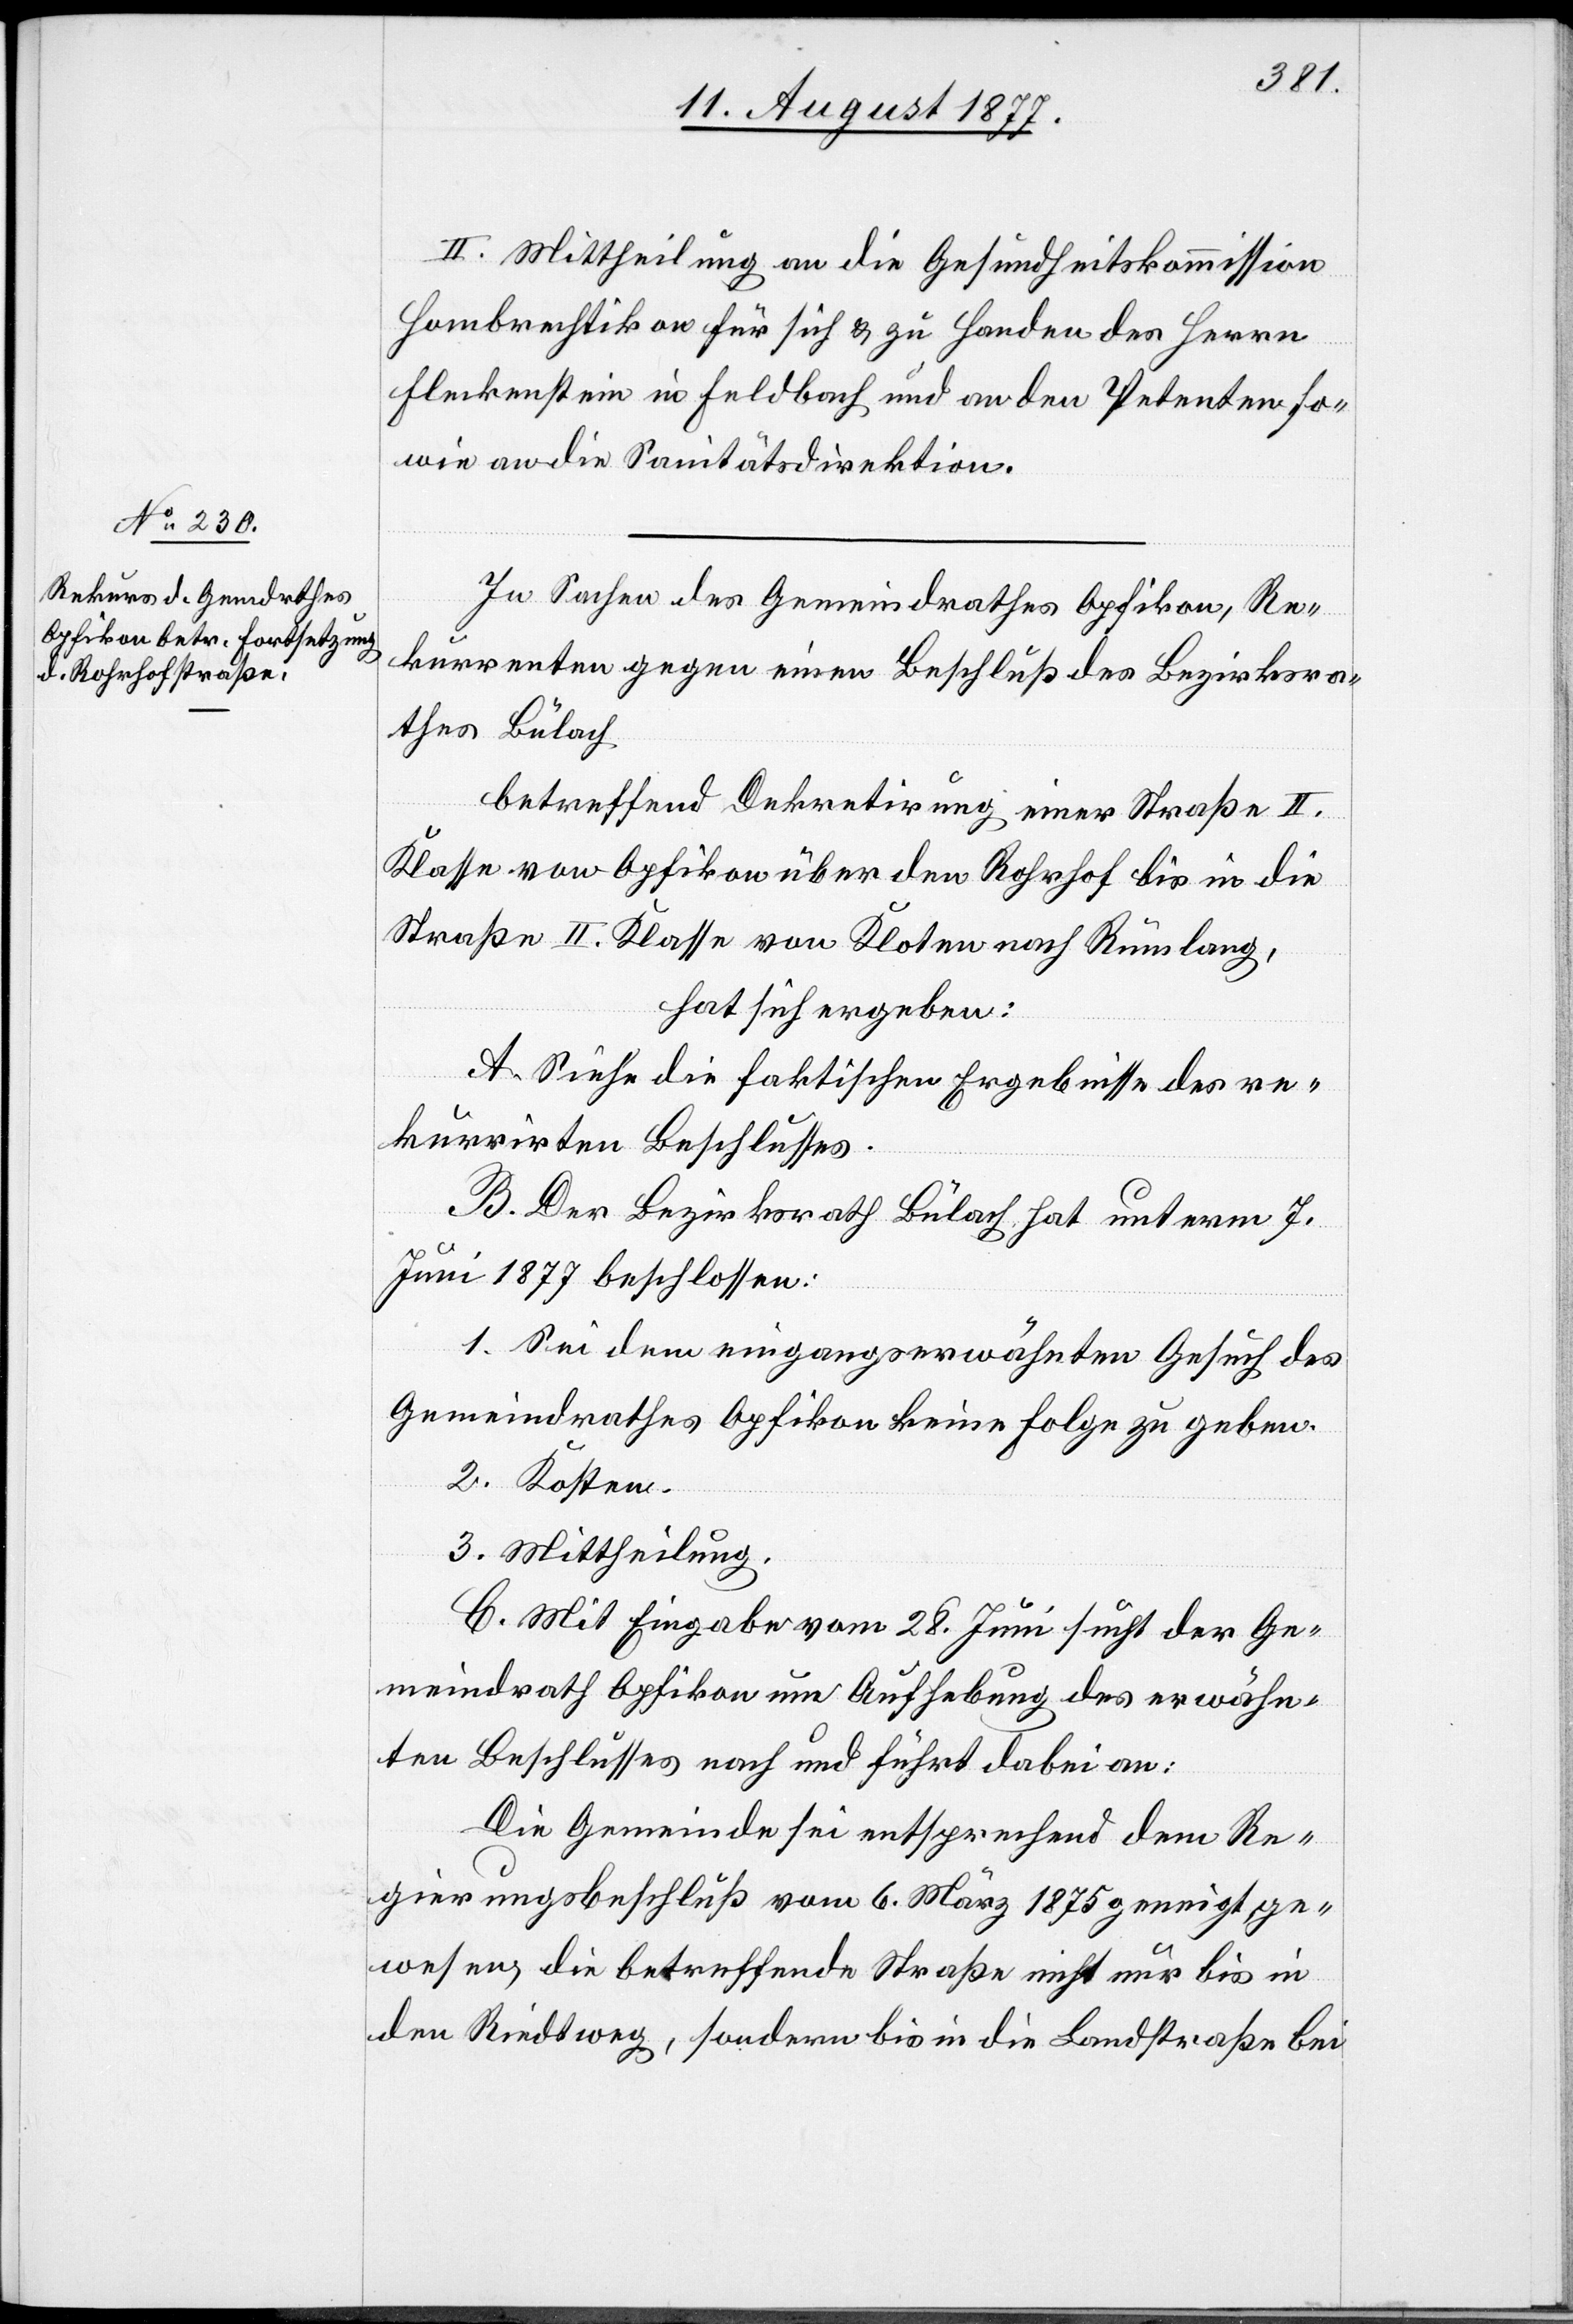
II. Mittheilung an die Gesundheitskommission
Hombrechtikon für sich & zu Handen des Herrn
Fleckenstein in Feldbach und an den Petenten so¬
wie an die Sanitätsdirektion.
In Sachen des Gemeindrathes Opfikon, Re¬
kurrenten gegen einen Beschluß des Bezirksra¬
thes Bülach
betreffend Dekretirung einer Straße II.
Klasse von Opfikon über den Rohrhof bis in die
Straße II. Klasse von Kloten nach Rümlang,
hat sich ergeben:
A. Siehe die faktischen Ergebnisse des re¬
kurrirten Beschlusses.
B. Der Bezirksrath Bülach hat unterm 7.
Juni 1877 beschlossen:
1. Sei dem eingangserwähnten Gesuch des
Gemeindrathes Opfikon keine Folge zu geben.
2. Kosten.
3. Mittheilung.
C. Mit Eingabe vom 28. Juni sucht der Ge¬
meindrath Opfikon um Aufhebung des erwähn¬
ten Beschlusses nach und führt dabei an:
Die Gemeinde sei entsprechend dem Re¬
gierungsbeschluß vom 6. März 1875 geneigt ge¬
wesen, die betreffende Straße nicht nur bis in
den Riedtweg, sondern bis in die Landstraße bei